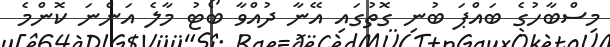
މިސްބާހުގެ ބައްޕަ ބުނި ގޮތުގައި އޭނާ ދުއްވާ ބޯޓު މާލެ އަންނަ ކޮންމެ